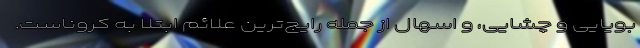
بویایی و چشایی، و اسهال از جمله رایج‌ترین علائم ابتلا به کروناست.